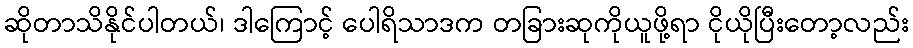
ဆိုတာသိနိုင်ပါတယ်၊ ဒါကြောင့် ပေါရိသာဒက တခြားဆုကိုယူဖို့ရာ ငိုယိုပြီးတော့လည်း